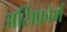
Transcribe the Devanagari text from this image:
अर्सिफ़ोर्म